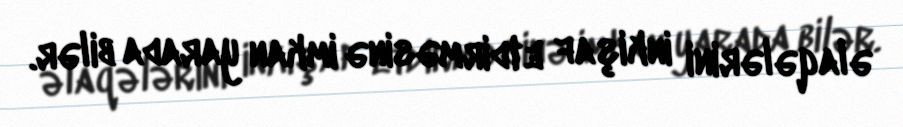
əlaqələrini inkişaf etdirməsinə imkan yarada bilər.